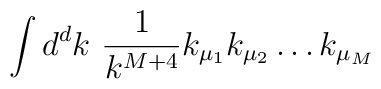
\int d^{d}k\ \frac{1}{k^{M+4}}k_{\mu_{1}} k_{\mu_{2}} \ldots  k_{\mu_{M}}